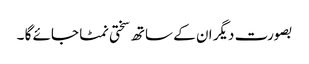
بصورت دیگر ان کے ساتھ سختی نمٹا جائے گا ۔